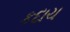
કદાચ